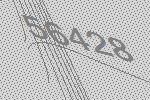
56428